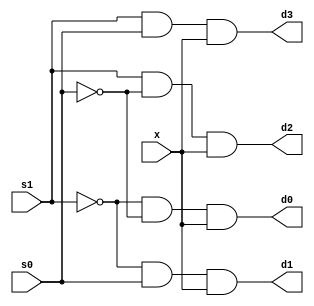
module demux1_4(input x,
                input s1,
                input s0,
                output d0,
                 output d1,
                 output d2,
                 output d3
               );
  wire s11,s00;
  not not1(s11,s1);
  not not2(s00,s0);
  and and1(d0,s11,s00,x);
  and and2(d1,s11,s0,x);
  and and3(d2,s1,s00,x);
  and and4(d3,s1,s0,x);
endmodule